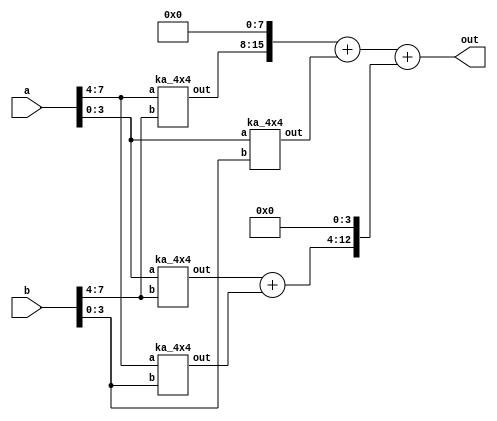

module ka_8x8(
    input [7:0] a,
    input [7:0] b,
    output [15:0] out
    );
    
    wire [7:0] ac,bc,ad,bd;
    wire [15:0] t1,t2;
    wire [12:0] psum;
    
  ka_4x4 m1(.a(a[7:4]),.b(b[7:4]),.out(ac));
  ka_4x4 m2(.a(a[3:0]),.b(b[7:4]),.out(bc));
  ka_4x4 m3(.a(a[7:4]),.b(b[3:0]),.out(ad));
  ka_4x4 m4(.a(a[3:0]),.b(b[3:0]),.out(bd));
  assign t2= bd;
  assign psum = (bc+ad) << 4;
  assign t1={ac,8'b0000};
  assign out= t1+t2+psum;
endmodule

module ka_4x4(
    input [3:0] a,
    input [3:0] b,
    output [7:0] out
    );
    wire [3:0] ac,bc,ad,bd;
    wire [7:0] t1,t2;
    wire [6:0] psum;
    
  ka_2x2 m1(.a(a[3:2]),.b(b[3:2]),.out(ac));
  ka_2x2 m2(.a(a[1:0]),.b(b[3:2]),.out(bc));
  ka_2x2 m3(.a(a[3:2]),.b(b[1:0]),.out(ad));
  ka_2x2 m4(.a(a[1:0]),.b(b[1:0]),.out(bd));
  assign t2= bd;
  assign psum = (bc+ad) << 2;
  assign t1={ac,4'b0000};
  assign out= t1+t2+psum;
  
endmodule

module ka_2x2(
    input [1:0] a,
    input [1:0] b,
    output [3:0] out
    );
    wire temp;
    assign out[0]= a[0]&b[0];
    assign out[1]= (a[1]&b[0])^(a[0]&b[1]);
    assign temp =  (a[1]&b[0])&(a[0]&b[1]);
    assign out[2]= temp ^(a[1]&b[1]);
    assign out[3]= temp &(a[1]&b[1]);
endmodule